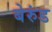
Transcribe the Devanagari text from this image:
बेरुंड